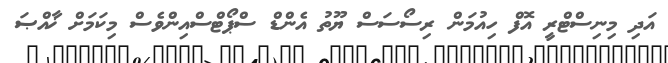
އަދި މިނިސްޓްރީ އޮފް ހިއުމަން ރިސޯސަސް ޔޫތު އެންޑް ސްޕޯޓްސްއިންވެސް މިކަމަށް ޚާއްޞަ